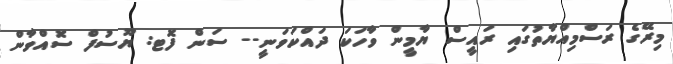
މިރޭގެ ރަސްމިއްޔާތުގައި ރައީސް ޔާމީން ވާހަކަ ދައްކަވަނީ-- ސަން ފޮޓ: ޔޫސުފް ސޮއްވާން